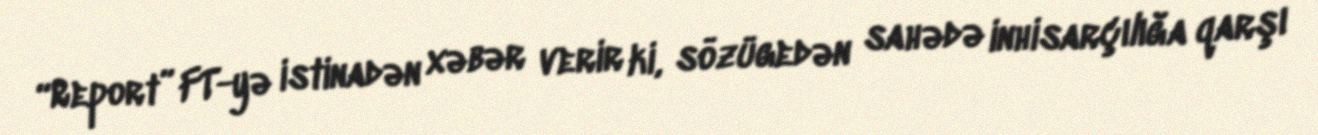
“Report” FT-yə istinadən xəbər verir ki, sözügedən sahədə inhisarçılığa qarşı